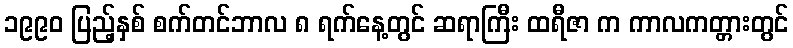
၁၉၉၀ ပြည့်နှစ် စက်တင်ဘာလ ၈ ရက်နေ့တွင် ဆရာကြီး ထရီဇာ က ကာလကတ္တားတွင်